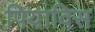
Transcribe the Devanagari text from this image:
पियाविस